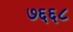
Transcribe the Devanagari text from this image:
७६६८